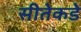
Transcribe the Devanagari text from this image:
सीतेकडे